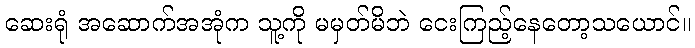
ဆေးရုံ အဆောက်အအုံက သူ့ကို မမှတ်မိဘဲ ငေးကြည့်နေတော့သယောင်။